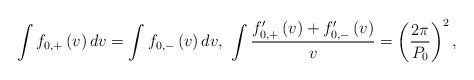
LaTeX: \begin{align*}\int f_{0,+}\left( v\right) dv=\int f_{0,-}\left( v\right) dv,\ \int\frac{f_{0,+}^{\prime}\left( v\right) +f_{0,-}^{\prime}\left( v\right)}{v}=\left( \frac{2\pi}{P_{0}}\right) ^{2},\end{align*}